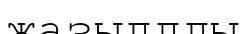
жазылдды